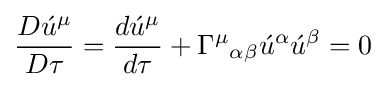
{{D{\acute {u}}^{\mu }} \over {D\tau }}={{d{\acute {u}}^{\mu }} \over {d\tau }}+{\Gamma ^{\mu }}_{\alpha \beta }{\acute {u}}^{\alpha }{\acute {u}}^{\beta }=0